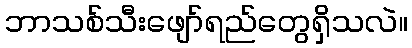
ဘာသစ်သီးဖျော်ရည်တွေရှိသလဲ။